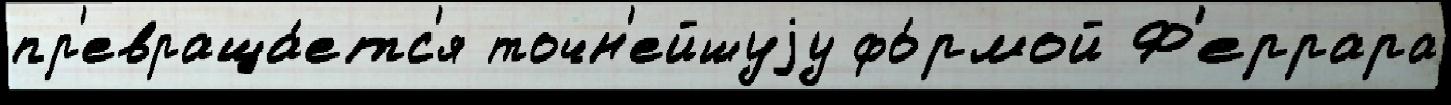
пр'евраща́етс'я точн'ейшуjу фо́рмой Ф'еррара